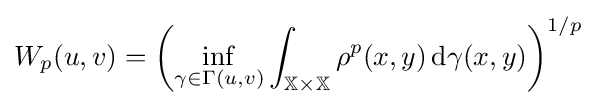
W_{p}(u,v)=\left(\inf _{\gamma \in \Gamma (u,v)}\int _{\mathbb {X} \times \mathbb {X} }\rho ^{p}(x,y)\,\mathrm {d} \gamma (x,y)\right)^{1/p}